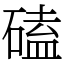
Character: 磕